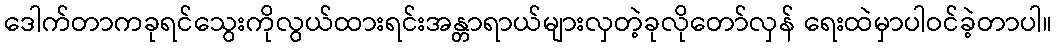
ဒေါက်တာကခုရင်သွေးကိုလွယ်ထားရင်းအန္တာရာယ်များလှတဲ့ခုလိုတော်လှန် ရေးထဲမှာပါဝင်ခဲ့တာပါ။